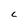
Character: c